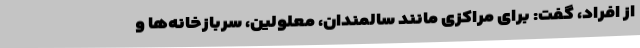
از افراد، گفت: برای مراکزی مانند سالمندان، معلولین، سربازخانه‌ها و